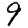
Digit: 9